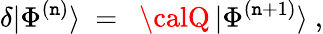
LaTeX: \delta|\Phi^{(\mathtt{n})}\rangle\ =\ \ {\calQ}\, |\Phi^{(\mathtt{n}+1)}\rangle\ ,